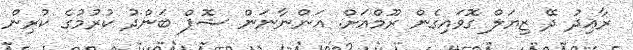
ރާއިދު ދޭ ޒިޔަލް ގޮވައިގެން ރޫމްއަށް. އަންނާނަން ޝޮޕް ބަންދު ކުރުމުގެ ކުރިން